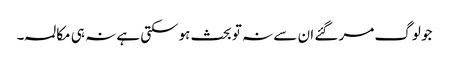
جو لوگ مر گئے ان سے نہ تو بحث ہوسکتی ہے نہ ہی مکالمہ۔